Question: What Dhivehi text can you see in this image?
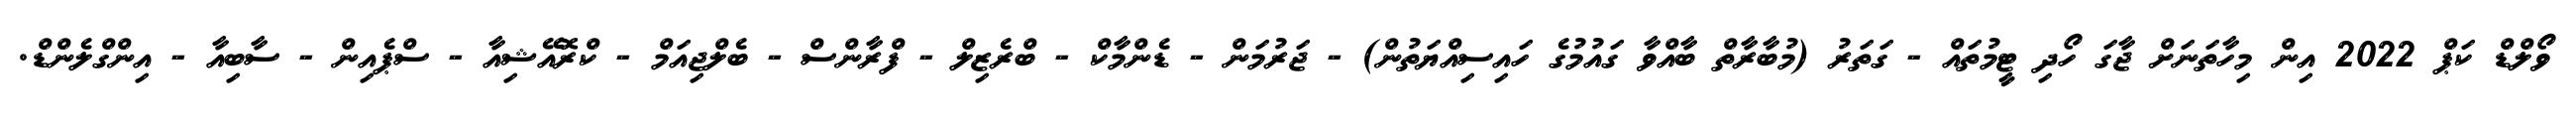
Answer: ވޯލްޑް ކަޕް 2022 އިން މިހާތަނަށް ޖާގަ ހޯދި ޓީމުތައް - ގަތަރު (މުބާރާތް ބާއްވާ ގައުމުގެ ހައިސިއްޔަތުން) - ޖަރުމަން - ޑެންމާކް - ބްރެޒިލް - ފްރާންސް - ބެލްޖިއަމް - ކްރޮއޭޝިއާ - ސްޕެއިން - ސާބިއާ - އިންގްލެންޑް.